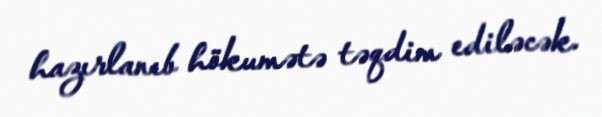
hazırlanıb hökumətə təqdim ediləcək.